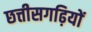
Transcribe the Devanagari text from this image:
छत्तीसगढ़ियों